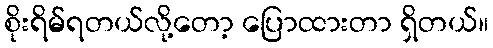
စိုးရိမ်ရတယ်လို့တော့ ပြောထားတာ ရှိတယ်။